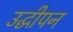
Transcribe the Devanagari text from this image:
उद्धीपन